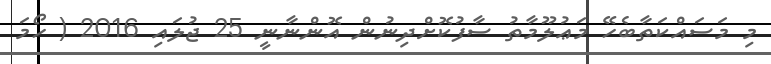
މި މަސައްކަތާބެހޭ މަޢުލޫމާތު ސާފުކޮށްދިނުން އޮންނާނީ 25 ޖުލައި 2016 ( ހޯމަ